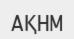
АҚНМ